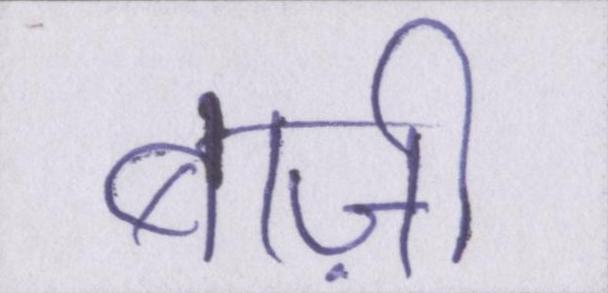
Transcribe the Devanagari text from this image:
बाज़ी